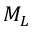
M _ { L }